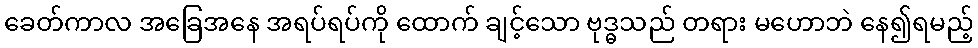
ခေတ်ကာလ အခြေအနေ အရပ်ရပ်ကို ထောက် ချင့်သော ဗုဒ္ဓသည် တရား မဟောဘဲ နေ၍ရမည့်